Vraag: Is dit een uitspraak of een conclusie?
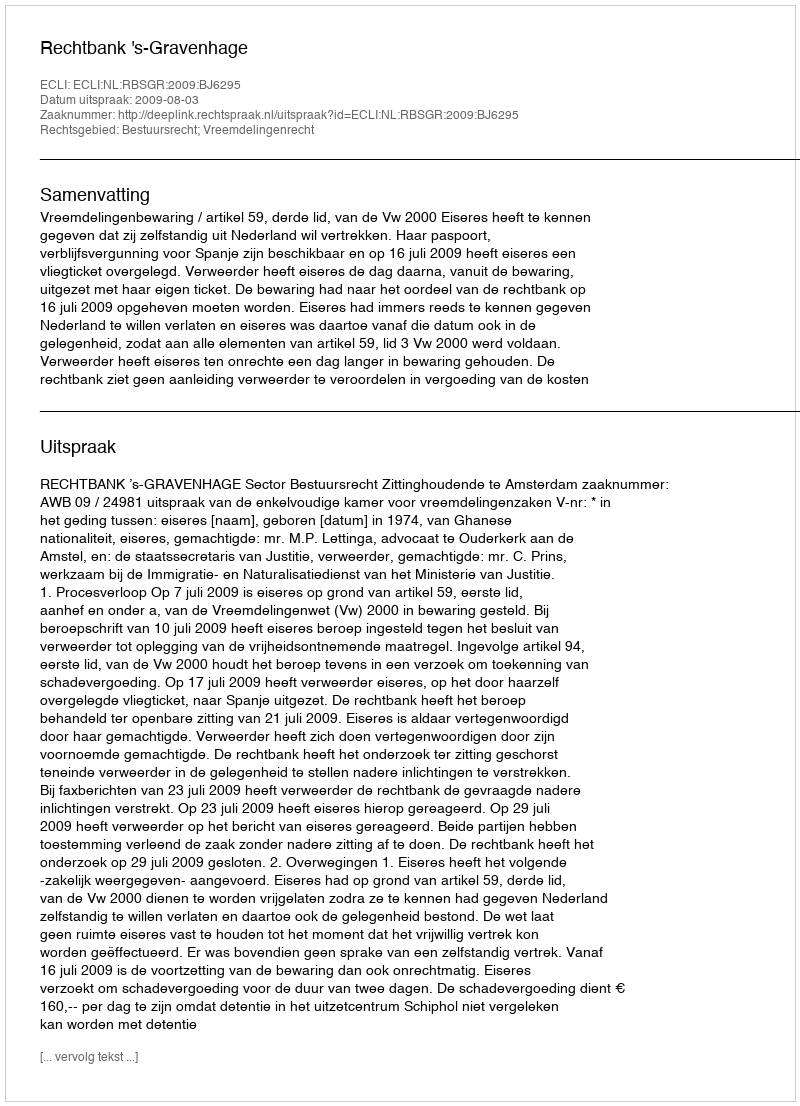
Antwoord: Uitspraak